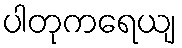
ပါတုကရေယျ